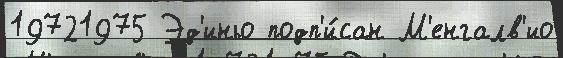
19721975 Эд'иньо подп'и́сан М'енгалв'ио